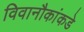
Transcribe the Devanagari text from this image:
विवानौकांकडे